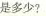
是多少?